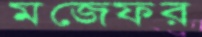
মজেফর